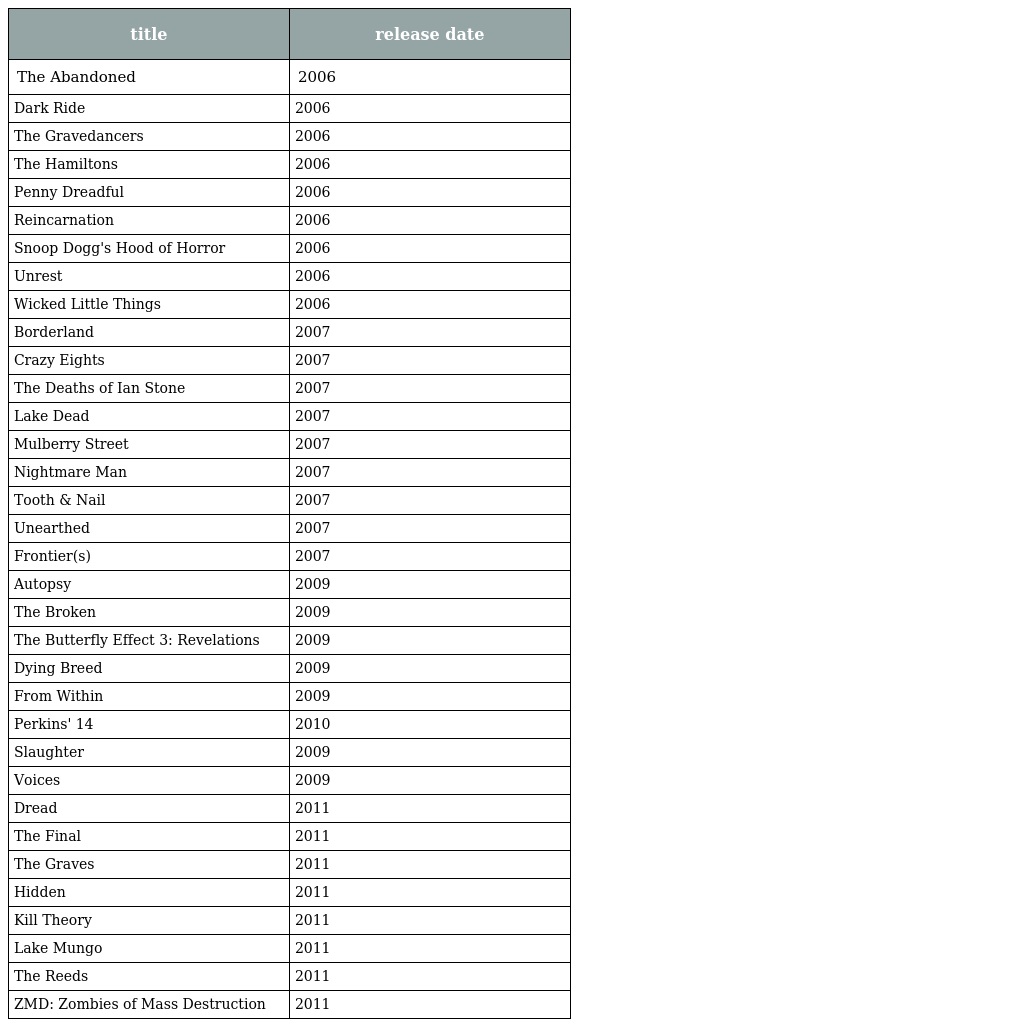
| title | release date |
 | --- | --- |
 | The Abandoned | 2006 |
 | Dark Ride | 2006 |
 | The Gravedancers | 2006 |
 | The Hamiltons | 2006 |
 | Penny Dreadful | 2006 |
 | Reincarnation | 2006 |
 | Snoop Dogg's Hood of Horror | 2006 |
 | Unrest | 2006 |
 | Wicked Little Things | 2006 |
 | Borderland | 2007 |
 | Crazy Eights | 2007 |
 | The Deaths of Ian Stone | 2007 |
 | Lake Dead | 2007 |
 | Mulberry Street | 2007 |
 | Nightmare Man | 2007 |
 | Tooth & Nail | 2007 |
 | Unearthed | 2007 |
 | Frontier(s) | 2007 |
 | Autopsy | 2009 |
 | The Broken | 2009 |
 | The Butterfly Effect 3: Revelations | 2009 |
 | Dying Breed | 2009 |
 | From Within | 2009 |
 | Perkins' 14 | 2010 |
 | Slaughter | 2009 |
 | Voices | 2009 |
 | Dread | 2011 |
 | The Final | 2011 |
 | The Graves | 2011 |
 | Hidden | 2011 |
 | Kill Theory | 2011 |
 | Lake Mungo | 2011 |
 | The Reeds | 2011 |
 | ZMD: Zombies of Mass Destruction | 2011 |